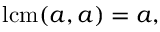
\operatorname { l c m } ( a , a ) = a ,